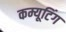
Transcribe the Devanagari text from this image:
कम्यूटिंग